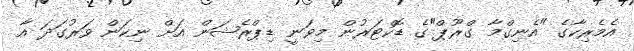
އެމެރިކާގެ "އެނިގްމާ ގްރޫޕް"ގެ ޑޮކްޓަރުން މިވަނީ ޑިޕްރެޝަން އަށް ނިކަން ވަރުގަދަ އާ